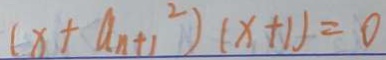
( x + a _ { n + 1 } ^ { 2 } ) ( x + 1 ) = 0